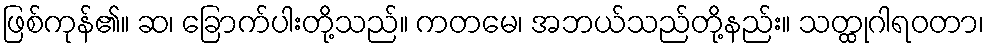
ဖြစ်ကုန်၏။ ဆ၊ ခြောက်ပါးတို့သည်။ ကတမေ၊ အဘယ်သည်တို့နည်း။ သတ္ထုဂါရဝတာ၊